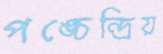
পঙ্চেন্দ্রিয়